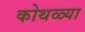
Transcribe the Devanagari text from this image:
कोथळ्या